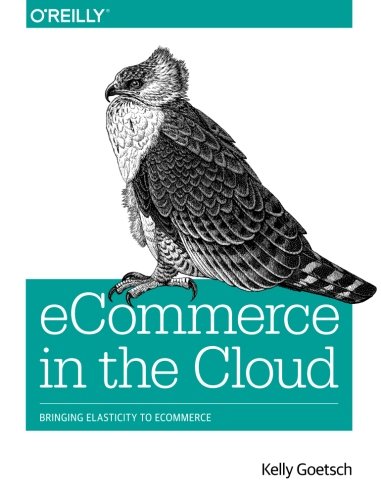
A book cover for eCommerce in the Cloud: Bringing Elasticity to eCommerce; Kelly Goetsch; Computers & Technology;